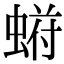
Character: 𬠙